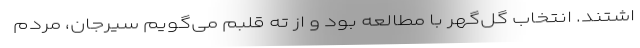
اشتند. انتخاب گل‌گهر با مطالعه بود و از ته قلبم می‌گویم سیرجان، مردم